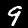
Digit: 9